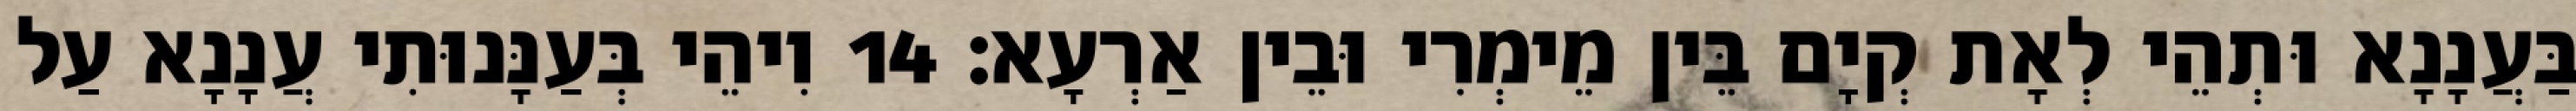
בַּעֲנָנָא וּתְהֵי לְאָת קְיָם בֵּין מֵימְרִי וּבֵין אַרְעָא׃ 14 וִיהֵי בְּעַנָּנוּתִי עֲנָנָא עַל